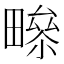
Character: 𤳑